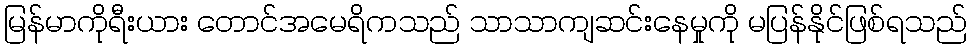
မြန်မာကိုရီးယား တောင်အမေရိကသည် သာသာကျဆင်းနေမှုကို မပြန်နိုင်ဖြစ်ရသည်